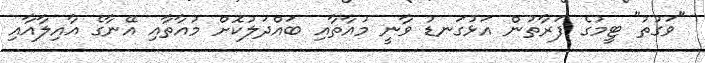
"ވަގުތު" ޓީމުގެ ފަރާތުން އަޅުގަނޑު ވާނީ މުއާތާއި ބައްދަލުކޮށް މުއާތާއި އޭނާގެ އާއިލާއާއި